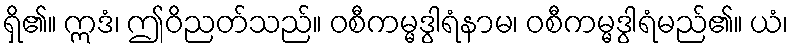
ရှိ၏။ ဣဒံ၊ ဤဝိညတ်သည်။ ဝစီကမ္မဒွါရံနာမ၊ ဝစီကမ္မဒွါရံမည်၏။ ယံ၊